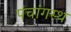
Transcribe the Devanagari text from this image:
पंचांगस्थ